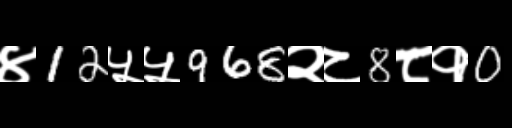
Text: ४12५५968२८8८१0